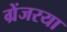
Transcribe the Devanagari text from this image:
ग्रेंजरया